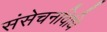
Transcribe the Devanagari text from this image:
संसेचनविधि